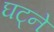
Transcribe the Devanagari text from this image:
घट्ने